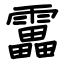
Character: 靁